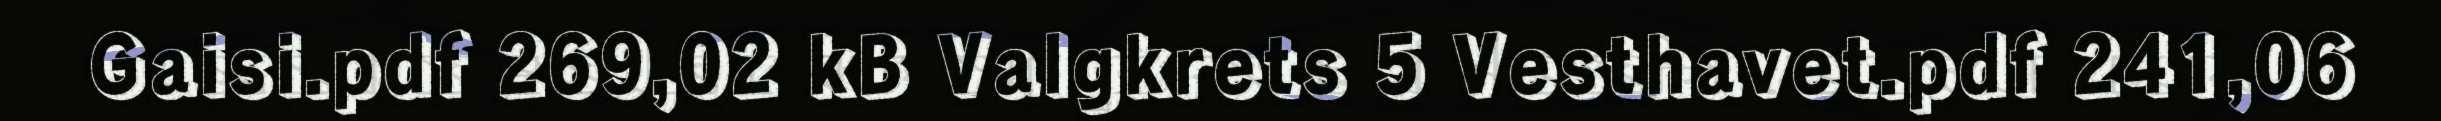
Gaisi.pdf 269,02 kB Valgkrets 5 Vesthavet.pdf 241,06